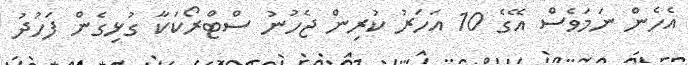
އެހެން ނަމަވެސް އޭގެ 10 އަހަރު ކުރިން ޖެހުނު ސްޓްރޯކަކާ ގުޅިގެން ފަހުދު